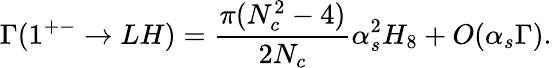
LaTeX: \Gamma(1^{+-}\rightarrow LH)=\frac{\pi(N_{c}^{2}-4)}{2N_{c}}\alpha_{s}^{2}H_{8}+O(\alpha_{s}\Gamma).